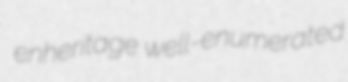
enheritage well-enumerated